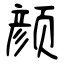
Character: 颜